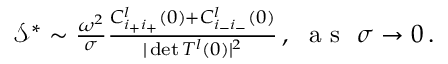
\begin{array} { r } { \mathcal { S } ^ { * } \sim \frac { \omega ^ { 2 } } { \sigma } \frac { C _ { i _ { + } i _ { + } } ^ { l } ( 0 ) + C _ { i _ { - } i _ { - } } ^ { l } ( 0 ) } { \vert \operatorname* { d e t } T ^ { l } ( 0 ) \vert ^ { 2 } } \, , ~ \mathrm { ~ a ~ s ~ } ~ \sigma \rightarrow 0 \, . } \end{array}